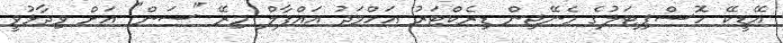
އޭޑީކޭ ހޮސްޕިޓަލުގެ މެނޭޖިން ޑިރެކްޓަރު އަހްމަދު އައްފާލް މިރޭ "ސަން" އަށް ވިދާޅުވީ